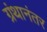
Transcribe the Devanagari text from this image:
ग्रंथानंतर